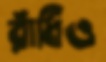
রাঁধিও